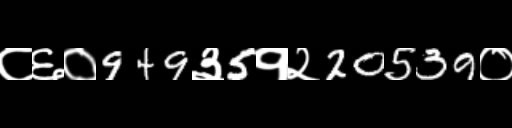
Text: ८६०949३5१२20539०